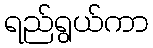
ရည်ရွယ်ကာ